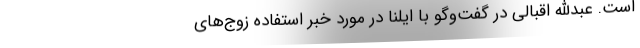
است. عبدالله اقبالی در گفت‌وگو با ایلنا در مورد خبر استفاده زوج‌های